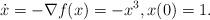
LaTeX: \begin{align*} \dot{x} = -\nabla f(x) = -x^3, x(0) = 1. \end{align*}